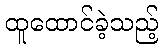
ထူထောင်ခဲ့သည့်